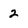
Character: 2